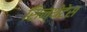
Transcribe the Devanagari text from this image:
सिन्थेटेस